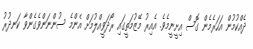
ދެއްކުމުން އަހަރެމެން ގޮސް އިށީނީމެވެ. އެއިރު މޭޒުމަތީގައި ރޯދަވީއްލުމަށް އެންމެ ސުންނަންވެގެންވާ ކަނދުރު